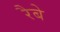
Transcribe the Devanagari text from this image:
रैबे